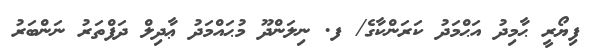
ފިޔޯރީ ޙާމިދު އަޙްމަދު ކަރަންކާގެ/ ފ. ނިލަންދޫ މުޙައްމަދު ޢާދިލް ދަފްތަރު ނަންބަރު